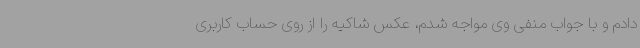
دادم و با جواب منفی وی مواجه شدم، عکس شاکیه را از روی حساب کاربری